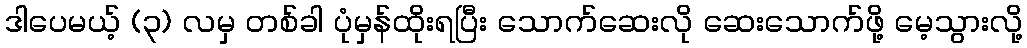
ဒါပေမယ့် (၃) လမှ တစ်ခါ ပုံမှန်ထိုးရပြီး သောက်ဆေးလို ဆေးသောက်ဖို့ မေ့သွားလို့